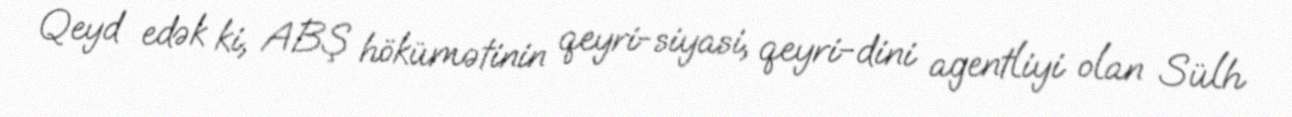
Qeyd edək ki, ABŞ hökümətinin qeyri-siyasi, qeyri-dini agentliyi olan Sülh